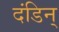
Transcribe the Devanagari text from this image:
दंडिन्